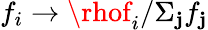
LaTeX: f_{i}\to\rhof_{i}/\Sigma_{\mathbf{j}}f_{\mathbf{j}}